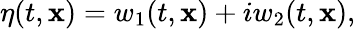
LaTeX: \eta(t,\mathbf{x})=w_{1}(t,\mathbf{x})+iw_{2}(t,\mathbf{x}),